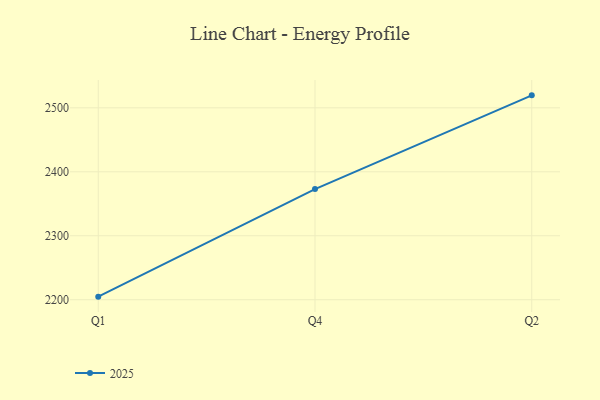
{"axis": {"x": "Quarter", "y": "Humidity (%)"}, "legend": ["2025"], "data": [{"x": "Q1", "y": 2204.8, "type": "2025"}, {"x": "Q4", "y": 2373.0, "type": "2025"}, {"x": "Q2", "y": 2519.5, "type": "2025"}]}